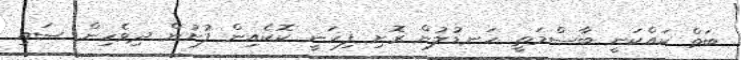
ބަތް ކައްކަނީ ބާސްމަތީ ހަނޑުލުން ރޮށި ފިހަނީ ކޮކެއިން ފުށުން ދިވެހިން ސައި